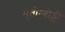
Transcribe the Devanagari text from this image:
मुतोम्बोड्झी